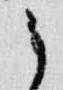
之